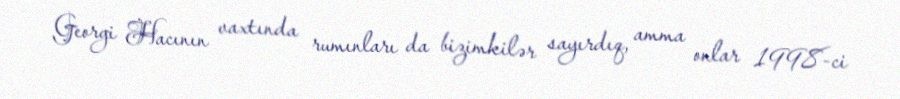
Georgi Hacının vaxtında rumınları da bizimkilər sayırdıq, amma onlar 1998-ci